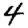
Digit: 4